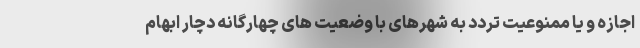
اجازه و یا ممنوعیت تردد به شهرهای با وضعیت های چهارگانه دچار ابهام